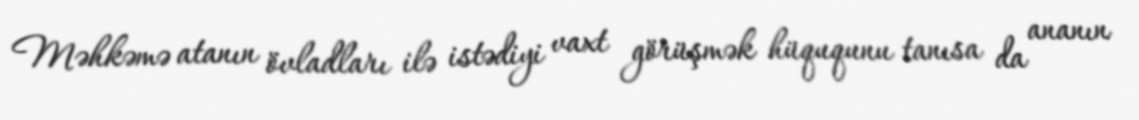
Məhkəmə atanın övladları ilə istədiyi vaxt görüşmək hüququnu tanısa da ananın